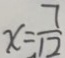
x = \frac { 7 } { 1 2 }